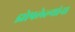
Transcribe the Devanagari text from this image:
झोपलेल्यांना